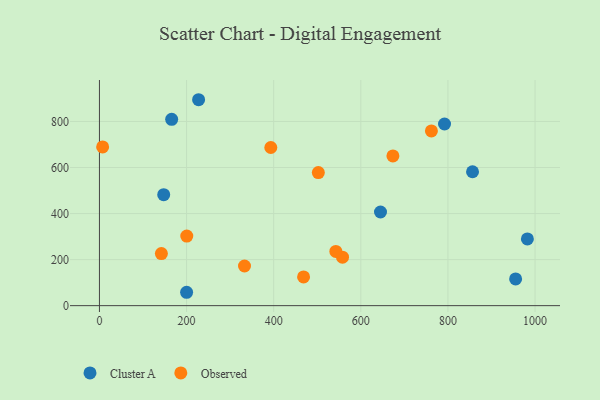
{"axis": {"x": "Speed", "y": "Rating"}, "legend": ["Cluster A", "Observed"], "data": [{"x": "147.5", "y": 481.9, "type": "Cluster A"}, {"x": "200.1", "y": 58.1, "type": "Cluster A"}, {"x": "856.5", "y": 581.5, "type": "Cluster A"}, {"x": "165.8", "y": 809.3, "type": "Cluster A"}, {"x": "792.2", "y": 789.0, "type": "Cluster A"}, {"x": "955.4", "y": 116.1, "type": "Cluster A"}, {"x": "227.6", "y": 894.4, "type": "Cluster A"}, {"x": "982.4", "y": 289.8, "type": "Cluster A"}, {"x": "645.2", "y": 406.7, "type": "Cluster A"}, {"x": "333.0", "y": 172.3, "type": "Observed"}, {"x": "200.5", "y": 302.4, "type": "Observed"}, {"x": "142.2", "y": 226.4, "type": "Observed"}, {"x": "468.6", "y": 124.7, "type": "Observed"}, {"x": "7.3", "y": 689.6, "type": "Observed"}, {"x": "558.0", "y": 210.5, "type": "Observed"}, {"x": "762.1", "y": 758.7, "type": "Observed"}, {"x": "542.7", "y": 235.4, "type": "Observed"}, {"x": "393.4", "y": 686.9, "type": "Observed"}, {"x": "673.7", "y": 650.3, "type": "Observed"}, {"x": "502.5", "y": 578.2, "type": "Observed"}]}